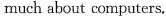
much about computers.